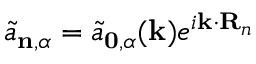
\Tilde { a } _ { \mathbf { n } , \alpha } = \Tilde { a } _ { \mathbf { 0 } , \alpha } ( \mathbf { k } ) e ^ { i \mathbf { k } \cdot \mathbf { R } _ { n } }